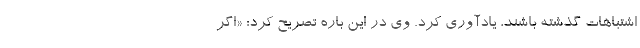
اشتباهات گذشته باشند، یادآوری کرد. وی در این باره تصریح کرد: «اگر